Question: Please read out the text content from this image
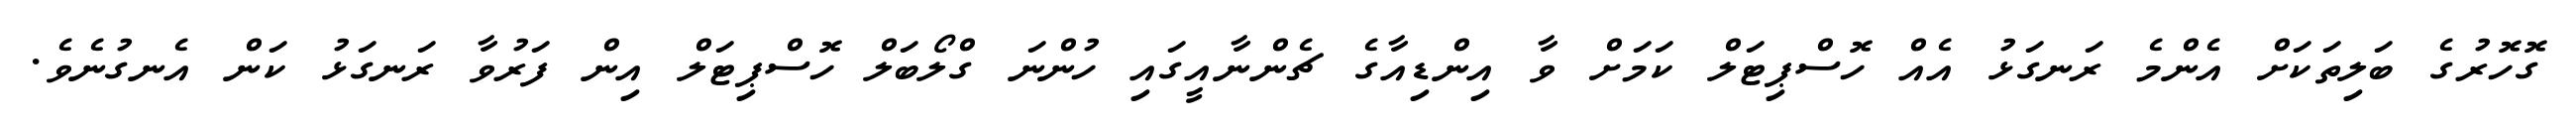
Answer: ގޮހޮރުގެ ބަލިތަކަށް އެންމެ ރަނގަޅު އެއް ހޮސްޕިޓަލް ކަމަށް ވާ އިންޑިއާގެ ޗެންނާއީގައި ހުންނަ ގްލޯބަލް ހޮސްޕިޓަލް އިން ފަރުވާ ރަނގަޅު ކަން އެނގުނެވެ.